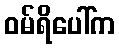
ဝမ်ရိပေါ်က